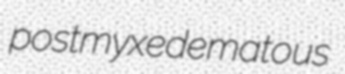
postmyxedematous